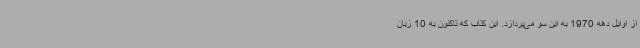
از اوایل دهه 1970 به این سو می‌پردازد. این کتاب که تاکنون به 10 زبان